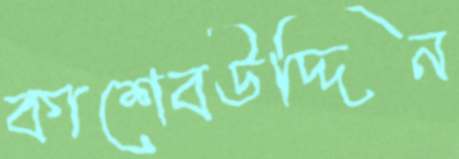
কাশেবউদ্দিন